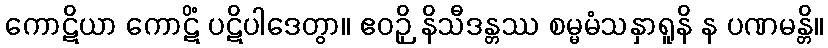
ကောဋိယာ ကောဋိံ ပဋိပါဒေတွာ။ ဧဝဉှိ နိသီဒန္တဿ စမ္မမံသနှာရူနိ န ပဏမန္တိ။